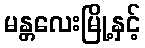
မန္တလေးမြို့နှင့်